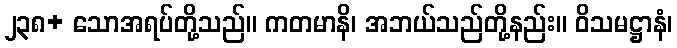
၂၃၈+ သောအရပ်တို့သည်။ ကတမာနိ၊ အဘယ်သည်တို့နည်း။ ဝိသမဋ္ဌာနံ၊